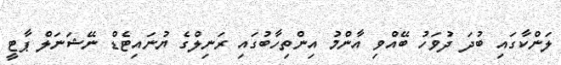
ލަންކާގައި ބުދަ ދުވަހު ބޭއްވި އާންމު އިންތިހާބުގައި ރަނިލްގެ ޔުނައިޓެޑް ނޭޝަނަލް ޕާޓީ